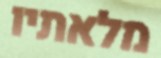
מלאתיו